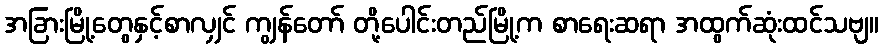
အခြားမြို့တွေနှင့်စာလျှင် ကျွန်တော် တို့ပေါင်းတည်မြို့က စာရေးဆရာ အထွက်ဆုံးထင်သဗျ။